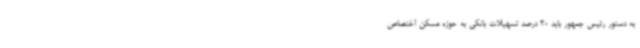
به دستور رئیس جمهور باید 20 درصد تسهیلات بانکی به حوزه مسکن اختصاص